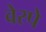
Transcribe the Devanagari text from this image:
वेस्पे